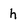
Character: h